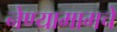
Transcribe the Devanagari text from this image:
नेण्यामागचे